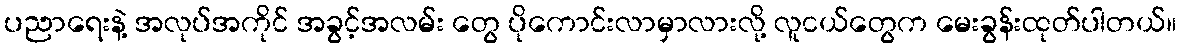
ပညာရေးနဲ့ အလုပ်အကိုင် အခွင့်အလမ်း တွေ ပိုကောင်းလာမှာလားလို့ လူငယ်တွေက မေးခွန်းထုတ်ပါတယ်။